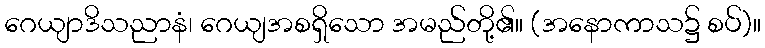
ဂေယျာဒိသညာနံ၊ ဂေယျအစရှိသော အမည်တို့၏။ (အနောကာသ၌ စပ်)။